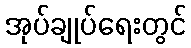
အုပ်ချုပ်ရေးတွင်